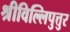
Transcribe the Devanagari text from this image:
श्रीविल्लिपुत्तुर